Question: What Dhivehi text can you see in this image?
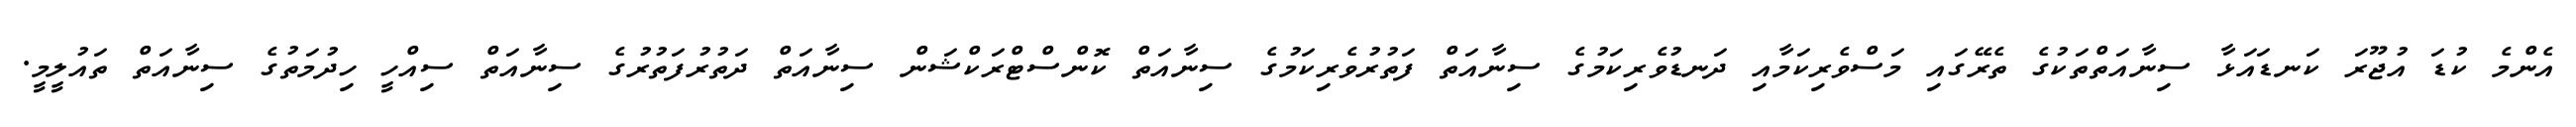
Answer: އެންމެ ކުޑަ އުޖޫރަ ކަނޑައަޅާ ސިނާއަތްތަކުގެ ތެރޭގައި މަސްވެރިކަމާއި ދަނޑުވެރިކަމުގެ ސިނާއަތް ފަތުރުވެރިކަމުގެ ސިނާއަތް ކޮންސްޓްރަކްޝަން ސިނާއަތް ދަތުރުފަތުރުގެ ސިނާއަތް ސިއްހީ ހިދުމަތުގެ ސިނާއަތް ތައުލީމީ.